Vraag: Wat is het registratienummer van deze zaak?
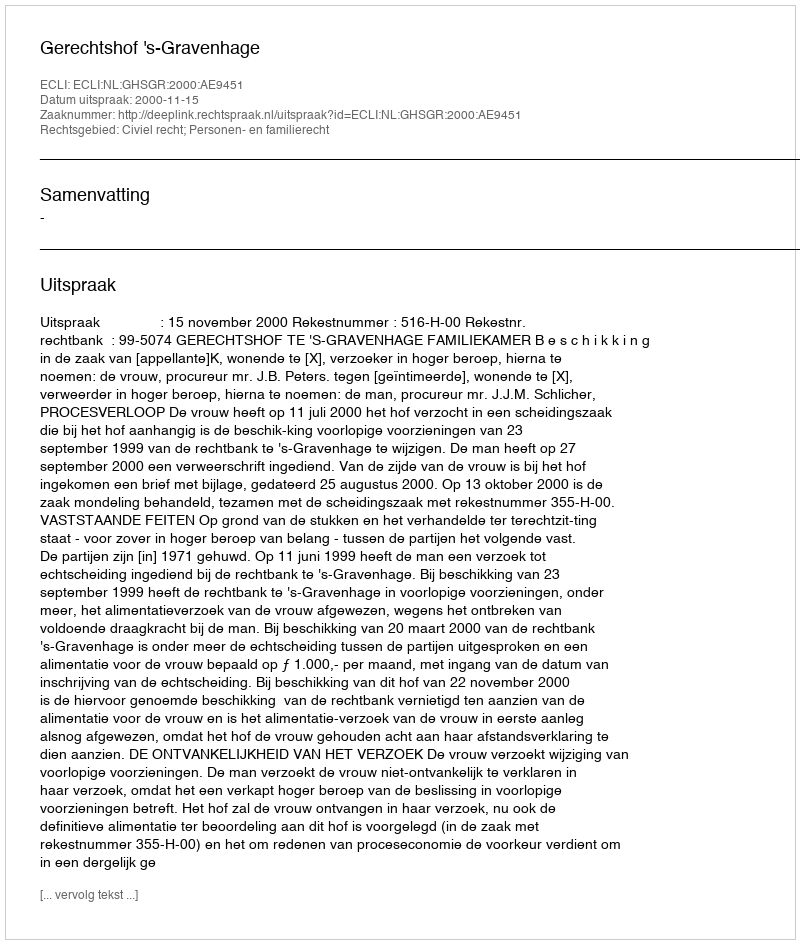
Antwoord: http://deeplink.rechtspraak.nl/uitspraak?id=ECLI:NL:GHSGR:2000:AE9451